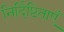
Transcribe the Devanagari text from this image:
निर्दिष्टिताएँ